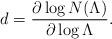
LaTeX: \begin{align*}d = \frac{\partial \log N(\Lambda)}{\partial \log \Lambda}. \end{align*}